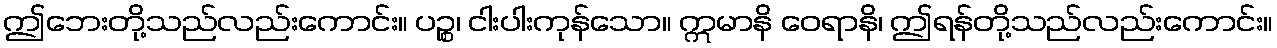
ဤဘေးတို့သည်လည်းကောင်း။ ပဉ္စ၊ ငါးပါးကုန်သော။ ဣမာနိ ဝေရာနိ၊ ဤရန်တို့သည်လည်းကောင်း။